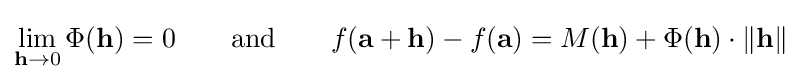
\lim _{\mathbf {h} \to 0}\Phi (\mathbf {h} )=0\qquad {\text{and}}\qquad f(\mathbf {a} +\mathbf {h} )-f(\mathbf {a} )=M(\mathbf {h} )+\Phi (\mathbf {h} )\cdot \Vert \mathbf {h} \Vert